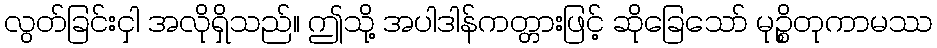
လွတ်ခြင်းငှါ အလိုရှိသည်။ ဤသို့ အပါဒါန်ကတ္တားဖြင့် ဆိုခြေသော် မုဉ္စိတုကာမဿ